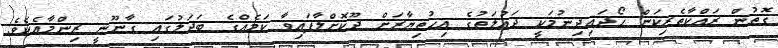
ގޮތުން ރައްކާތެރިކަން ހޯދައިދިނުމަކީ ދައުލަތުގެ އިހުތިޔާރަށް ދޫކޮށްލާފައިވާ ކަމެއްގެ ބަދަލުގައި ގާނޫނީ ޒިންމާއެކެވެ.